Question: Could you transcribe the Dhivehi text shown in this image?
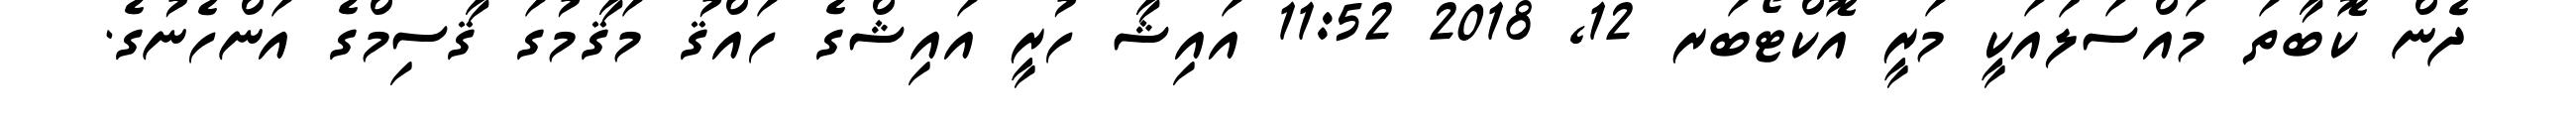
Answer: ދެން ކޮބާތަ މައްސަލައަކީ މަރީ އޮކްޓޯބަރ 12, 2018 11:52 އައިޝާ ހުރީ އައިޝްގެ ހައްޤު މަޤާމުގަ ޤާސިމްގެ އަންހެނުގެ.